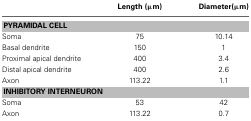
|  | Length (μm) | Diameter(μm) |
 | --- | --- | --- |
 | <COLSPAN=3> PYRAMIDAL CELL |
 | Soma | 75 | 10.14 |
 | Basal dendrite | 150 | 1 |
 | Proximal apical dendrite | 400 | 3.4 |
 | Distal apical dendrite | 400 | 2.6 |
 | Axon | 113.22 | 1.1 |
 | <COLSPAN=3> INHIBITORY INTERNEURON |
 | Soma | 53 | 42 |
 | Axon | 113.22 | 0.7 |